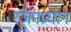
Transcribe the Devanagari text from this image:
रंजनप्रधान